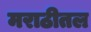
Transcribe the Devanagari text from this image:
मराठीतल